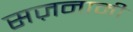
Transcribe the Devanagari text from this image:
सज़नामी